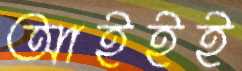
আইইই